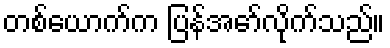
တစ်ယောက်က ပြန်အော်လိုက်သည်။